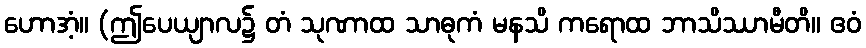
ဟောအံ့။ (ဤပေယျာလ၌ တံ သုဏာထ သာဓုကံ မနသိ ကရောထ ဘာသိဿာမီတိ။ ဧဝံ